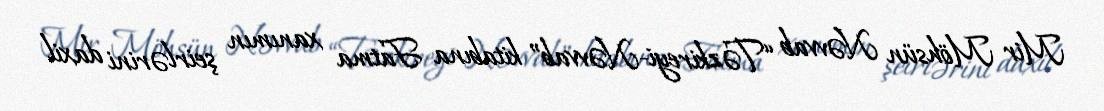
Mir Möhsün Nəvvab “Təzkireyi-Nəvvab” kitabına Fatma xanımın şeirlərini daxil